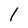
Character: 1